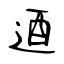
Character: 逎